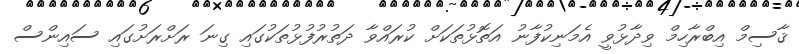
ޤާސިމް އިބްރާހިމް ވިދާޅުވީ އެމަނިކުފާނު އަތޮޅުތަކަށް ކުރައްވާ ދަތުރުފުޅުތަކުގައި ގިނަ ރަށްރަށުގައި ސައިންސް